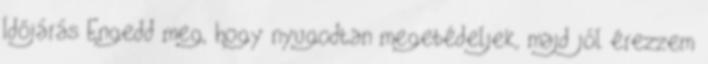
Időjárás Engedd meg, hogy nyugodtan megebédeljek, majd jól érezzem